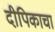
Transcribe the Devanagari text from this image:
दीपिकाचा